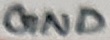
Text: GND